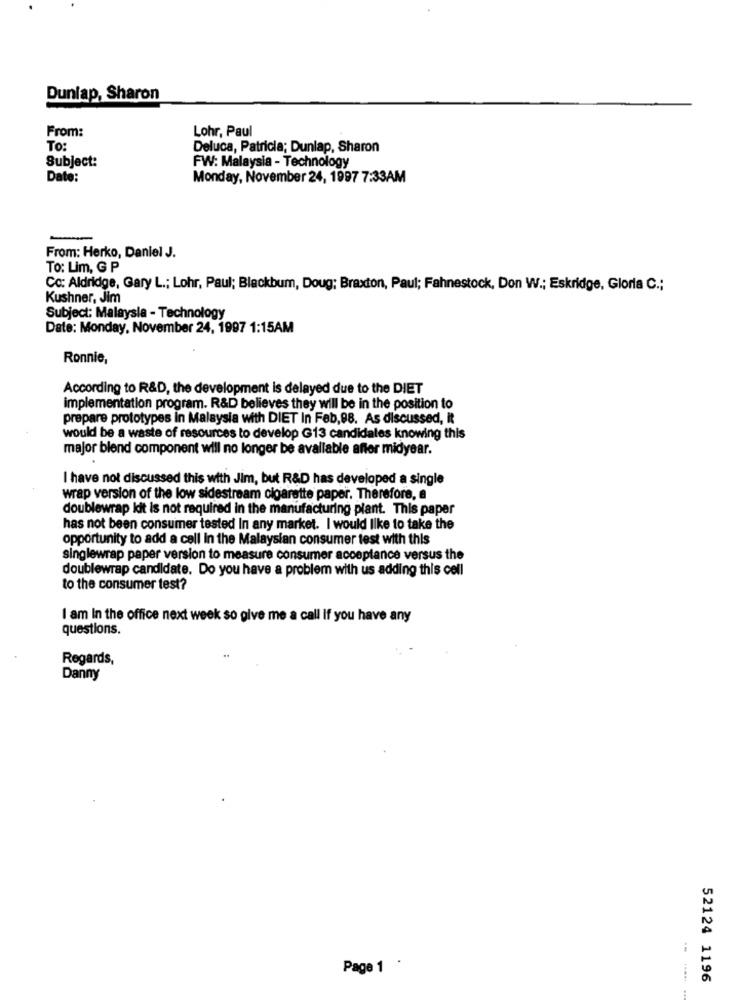
Dunlap, Sharon
From:
Lohr, Paul
TO:
Deluca, Patricia; Dunlap, Sharon
Subject:
FW: Malaysia - Technology
Date:
Monday, November 24, 1997 7:33AM
-
From: Herko, Daniel J.
To: Lim, G P
Co: Aldridge, Gary L .; Lohr, Paul; Blackbum, Doug; Braxton, Paul; Fahnestock, Don W .; Eskridge, Gloria C .;
Kushner, Jim
Subject: Malaysia - Technology
Date: Monday, November 24, 1997 1:15AM
Ronnie,
According to R&D, the development is delayed due to the DIET
implementation program. R&D believes they will be in the position to
prepare prototypes in Malaysia with DIET In Feb, 88. As discussed, it
would be a waste of resources to develop G13 candidates knowing this
major blend component will no longer be available affor midyear.
I have not discussed this with Jim, but R&D has developed a single
wrap version of the low sidestream cigarette paper. Therefore, a
doublewrap It is not required in the manufacturing plant. This paper
has not been consumer tested In any market. I would like to take the
opportunity to add a cell in the Malaysian consumer test with this
singlewrap paper version to measure consumer acceptance versus the
doublewrap candidate. Do you have a problem with us adding this cell
to the consumer test?
I am In the office next week so give me a call if you have any
questions.
Regards,
Danny
Page 1 .
52124 1196